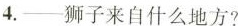
--狮子来自什么地方？